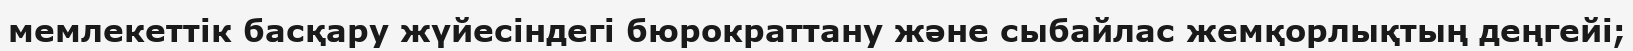
мемлекеттік басқару жүйесіндегі бюрократтану және сыбайлас жемқорлықтың деңгейі;